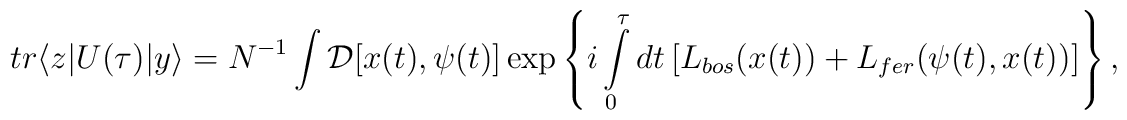
tr \langle z|U(\tau) |y\rangle = N^{-1}\int {\cal D} [x(t) , \psi(t) ] \exp \left \{ i\int \limits^{\tau}_{0} dt \left[ L_{bos} (x(t)) + L_{fer} (\psi(t) , x(t) ) \right] \right\},